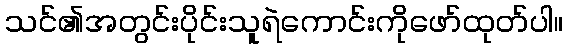
သင်၏အတွင်းပိုင်းသူရဲကောင်းကိုဖော်ထုတ်ပါ။